Raikkula_vallavalitsus, lk 2
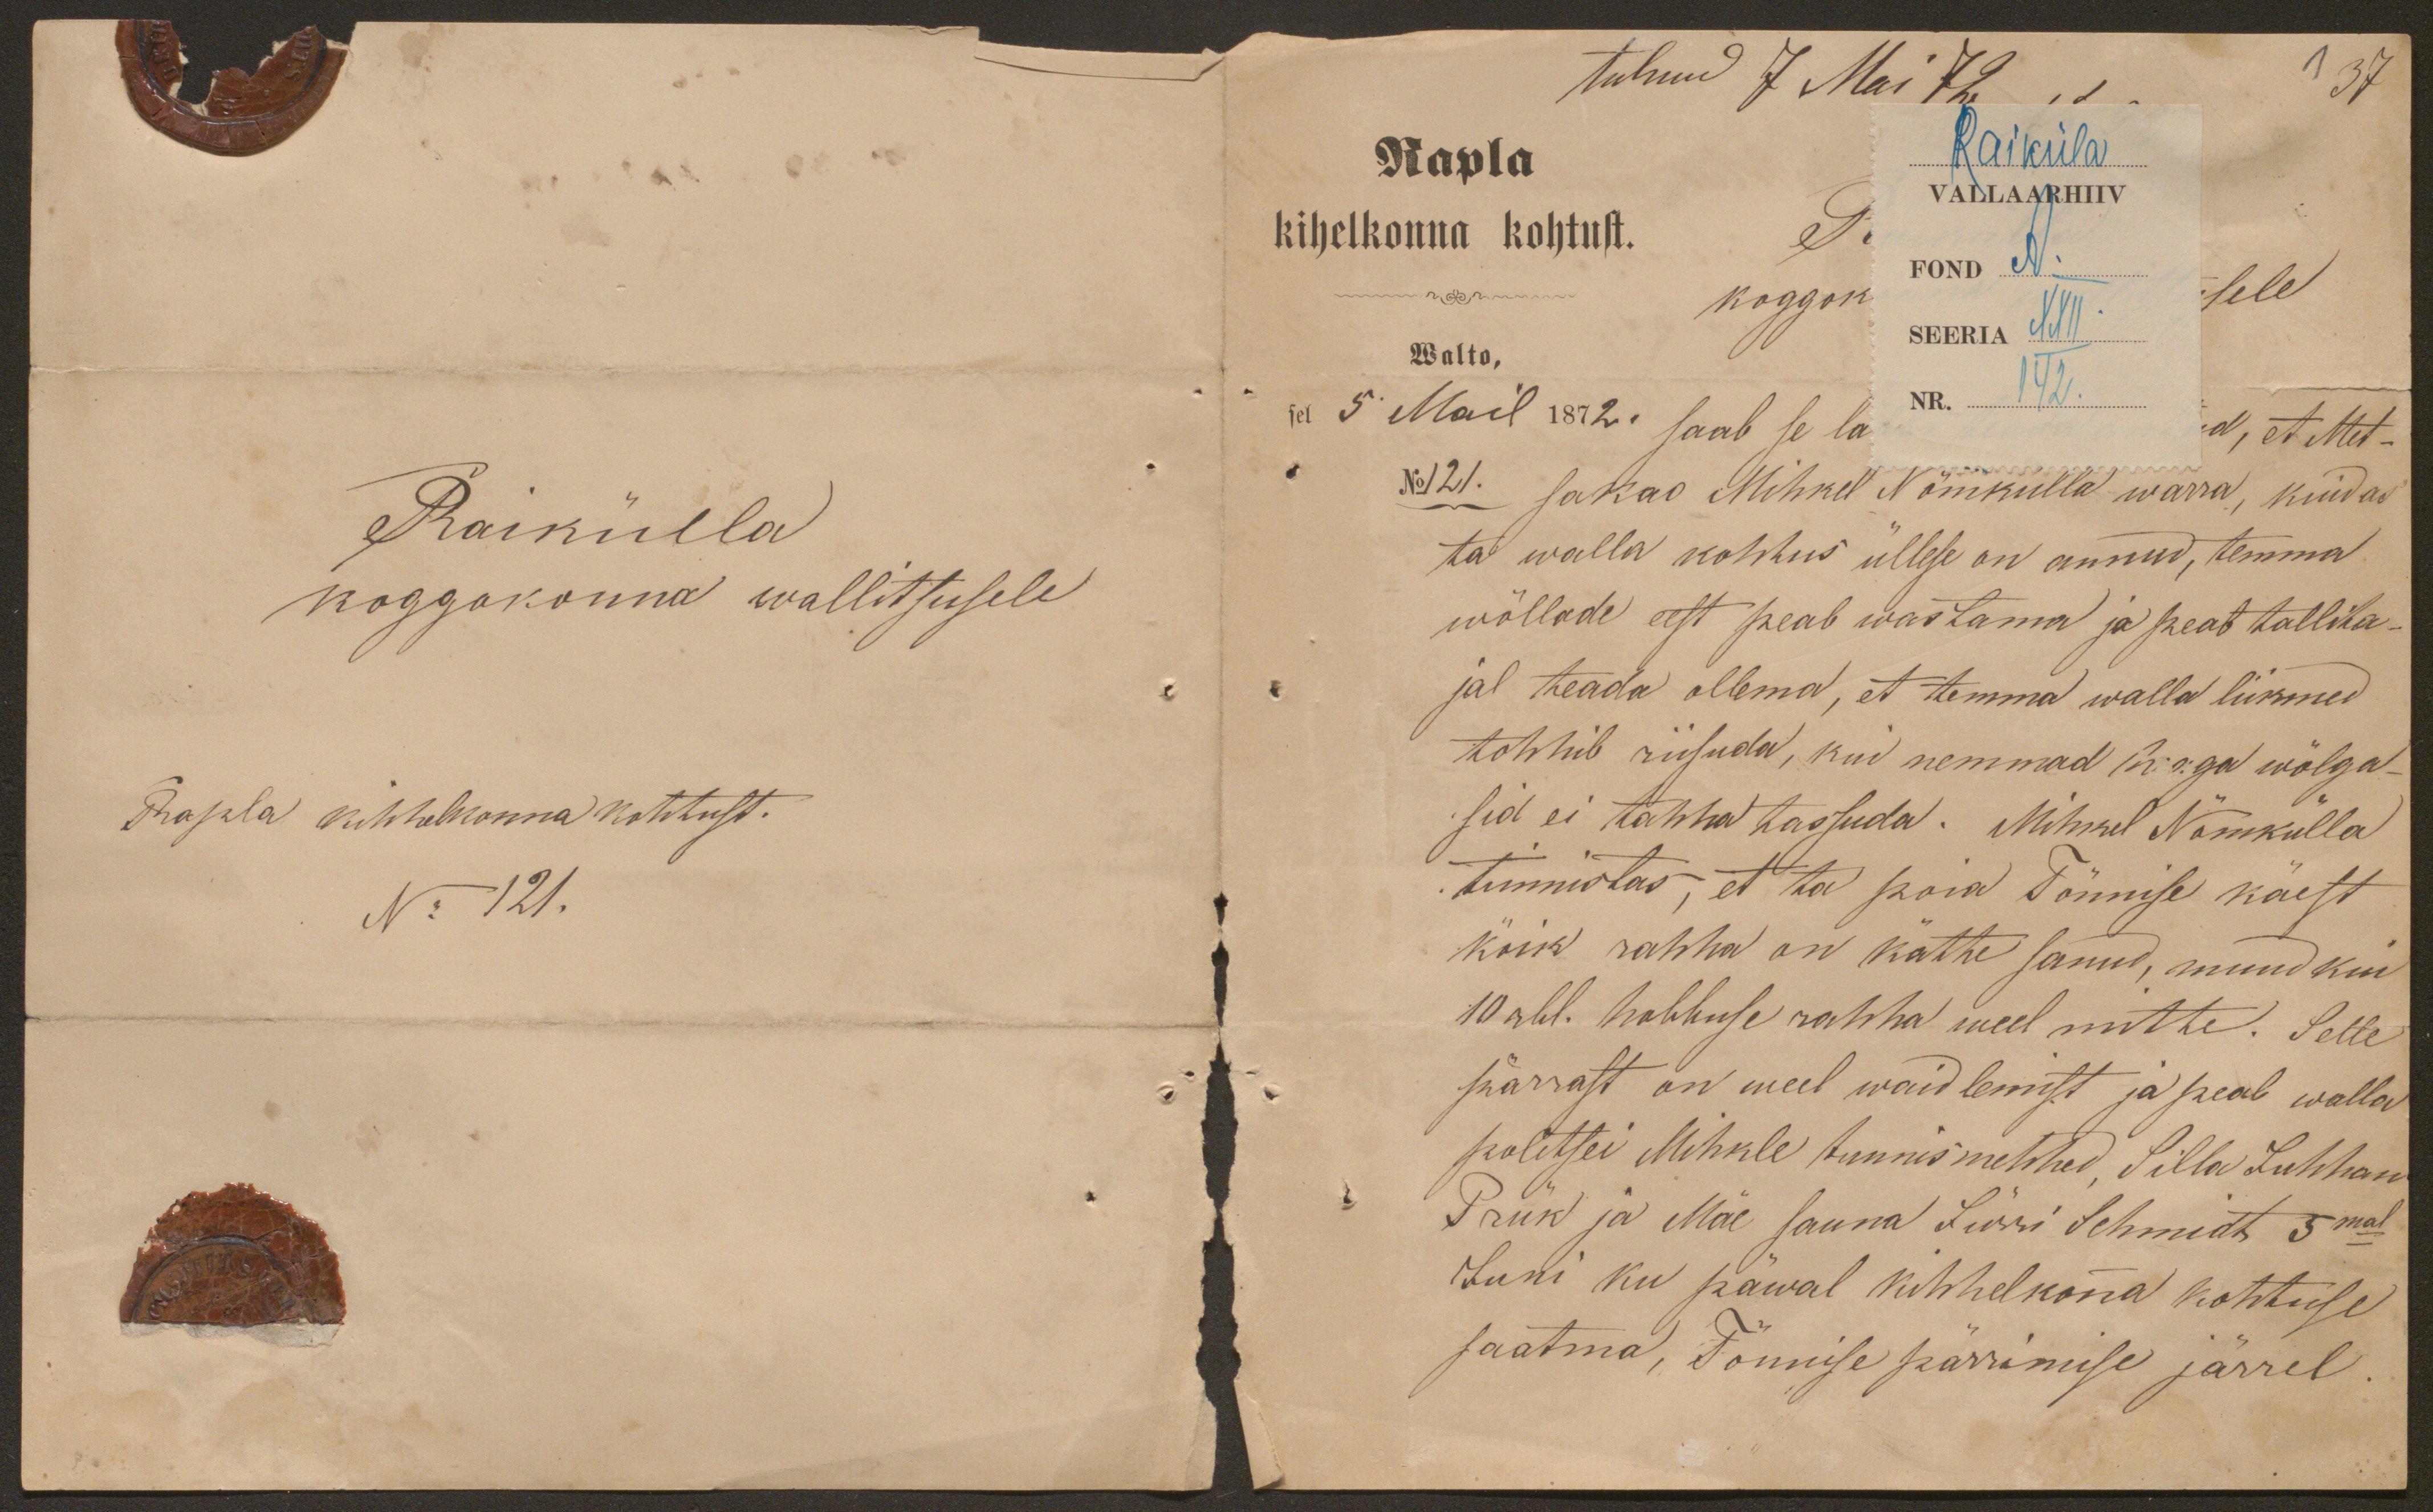
Raikülla
koggokonna walitsusele
Rapla kihhelkonna kohtust
N:121.

tulnud 7 Mai 72
137
Rapla
Raiküla
VALLAARHIIV
kihelkonna kohtust.
FOND A.
koggok
SEERIA XXII
Walto,
sel 5 Mail 1872. saab se la
Nr. 142.
d, A. Mets-
No 121.
sakas Mihkel Nõmkülla warra, kuidas
ta walla kohhus üllese on annud, temma
wõllade eest peab wastama ja peab tallita-
jal teada ollema, et temma walla liikmed
tohhib riisuda, kui nemmad heaga wõlga-
sid ei tahha tassuda. Mihkel Nõmkülla
tunnistas, et ta poia Tõnnise käest
köik rahha on kätte sanud, muud kui
10 rbl. hakkuse rahha weel mitte. Selle
pärrast on meel waidlemist ja peab walla
politsei Mihkle tunnismehhed. Silla Juhhan
Prük ja Mäe sauna Jürri Schmidt 5mal
Juni ku päwal kihhelkona kohtuse
saatma, Tõnnise pärrimise järrel